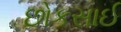
છોકસાઈ